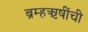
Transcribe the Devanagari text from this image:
ब्रम्हऋषींची